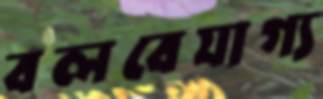
বলবেযাগ্য